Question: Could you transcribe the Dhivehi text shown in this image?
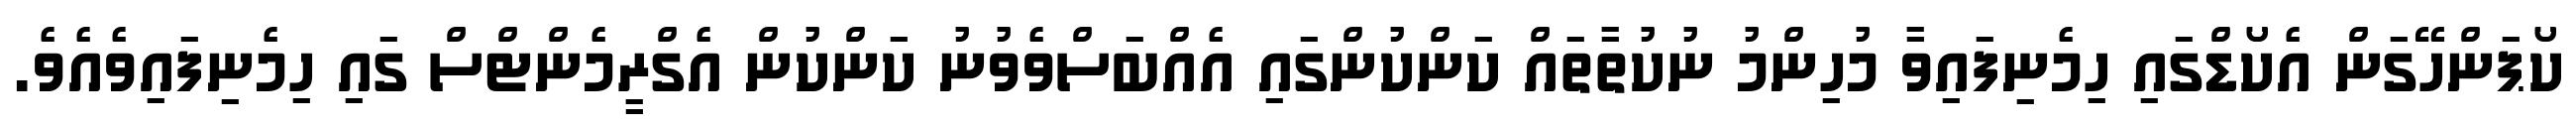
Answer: ކޯޕަންހޭގަން އެކޯޑްގައި ހިމެނިފައިވާ މުހިންމު ނުކުތާތައް ކަންކުންގައި އެއްބަސްވެވުނު ކަންކުން އެގްރީމެންޓްސް ގައި ހިމެނިފައިވެއެވެ.